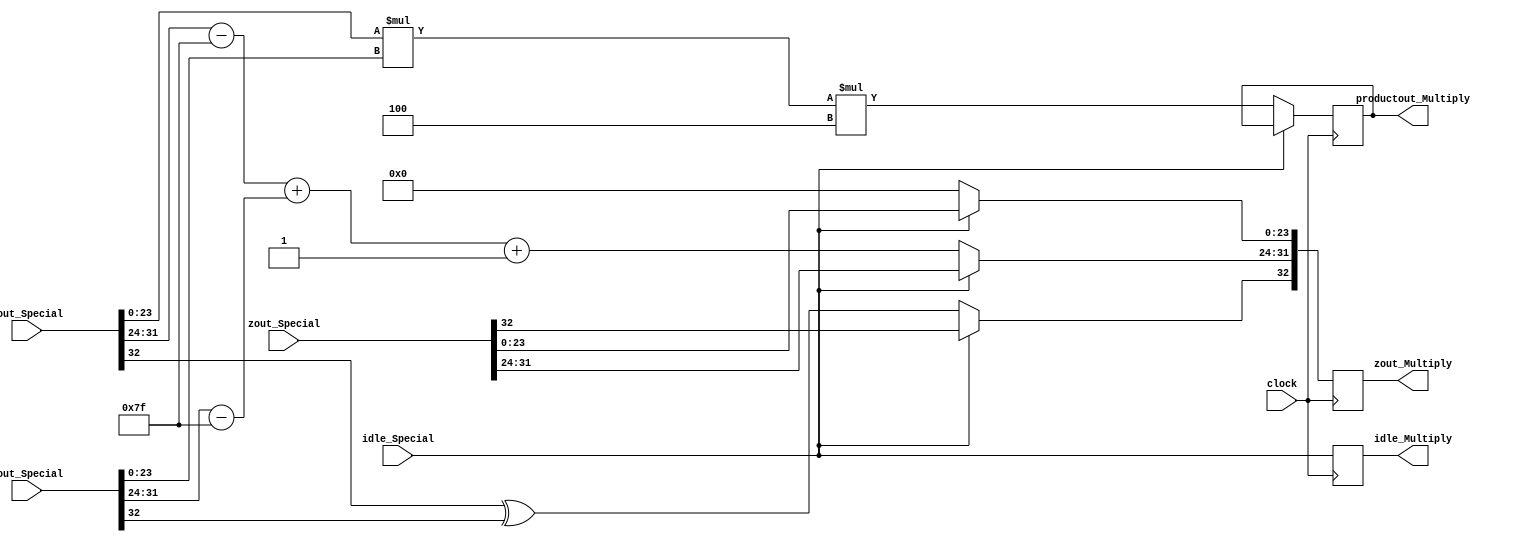
module MultiplyMult(
	input [32:0] aout_Special,
	input [32:0] bout_Special,
	input [32:0] zout_Special,
	input idle_Special,
	input clock,
	output reg idle_Multiply,
	output reg [32:0] zout_Multiply,
	output reg [49:0] productout_Multiply
    );

parameter no_idle = 1'b0,
			 put_idle = 1'b1;

wire a_sign;
wire [7:0] a_exponent;
wire [23:0] a_mantissa;

wire b_sign;
wire [7:0] b_exponent;
wire [23:0] b_mantissa;

assign a_sign = aout_Special[32];
assign a_exponent = aout_Special[31:24] - 127;
assign a_mantissa = {aout_Special[23:0]};

assign b_sign = bout_Special[32];
assign b_exponent = bout_Special[31:24] - 127;
assign b_mantissa = {bout_Special[23:0]};

			 
always @ (posedge clock)
begin

	idle_Multiply <= idle_Special;
	
	if (idle_Special == no_idle) begin
	
		zout_Multiply[32] <= a_sign ^ b_sign;
		zout_Multiply[31:24] <= a_exponent + b_exponent + 1;
		zout_Multiply[23:0] <= 0;
		productout_Multiply <= a_mantissa * b_mantissa * 4;
		
	end
	
	else begin
		zout_Multiply <= zout_Special;
	end
	
end
endmodule